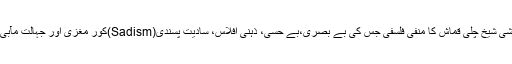
اس سے بڑھ کر المیہ کیا ہو گا کہ مشکوک نسب کا وحشی شیخ چلی قماش کا منفی فلسفی جس کی بے بصری،بے حسی، ذہنی افلاس، سادیت پسندی(Sadism)کور مغزی اور جہالت مآبی کا ایک عالم شاہد ہو وہ بھی رواقیت کا داعی بن بیٹھے۔